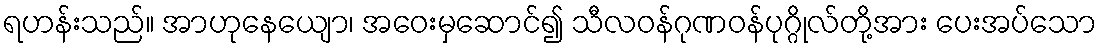
ရဟန်းသည်။ အာဟုနေယျော၊ အဝေးမှဆောင်၍ သီလဝန်ဂုဏဝန်ပုဂ္ဂိုလ်တို့အား ပေးအပ်သော